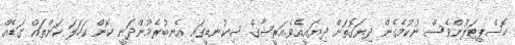
ހޮސްޕިޓަލުންވެސް ނުކުމެގެން ދިޔަގޮތަށް ދިޔައީއެެވެ.އަރީޝާގެ ސިކުނޑީގައި އެނބުރެމުންދަނީ ކޮން ކަހަލަ ކަންތައް ގަޑެއް